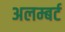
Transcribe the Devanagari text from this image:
अलम्बर्ट